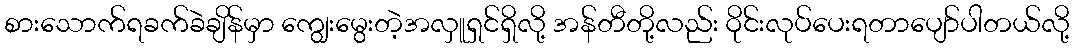
စားသောက်ရခက်ခဲချိန်မှာ ကျွေးမွေးတဲ့အလှူရှင်ရှိလို့ အန်တီတို့လည်း ဝိုင်းလုပ်ပေးရတာပျော်ပါတယ်လို့